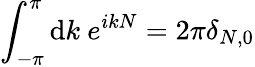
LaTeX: \int_{-\pi}^{\pi}\mathrm{d}k~e^{ikN}=2\pi\delta_{N,0}